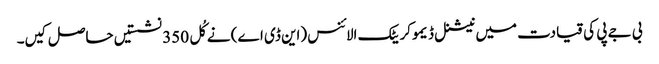
بی جے پی کی قیادت میں نیشنل ڈیموکریٹک الائنس (این ڈی اے) نے کُل 350 نشستیں حاصل کیں۔